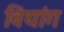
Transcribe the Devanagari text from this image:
वियांग